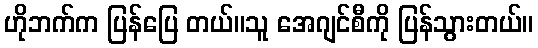
ဟိုဘက်က ပြန်ပြေ တယ်။သူ အေဂျင်စီကို ပြန်သွားတယ်။